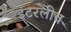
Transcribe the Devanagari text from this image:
इंटरलीव